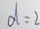
d = 2